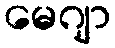
မေဂျာ